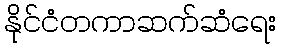
နိုင်ငံတကာဆက်ဆံရေး